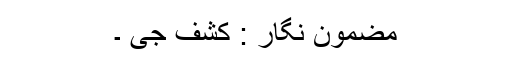
مضمون نگار : کشف جی ۔